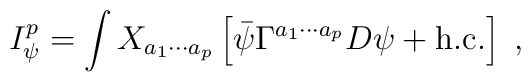
I_{\psi }^{p}=\int X_{a_{1}\cdots a_{p}}\left[ \bar{\psi}\Gamma^{a_{1}\cdots a_{p}}D\psi +\mbox{h.c.}\right] \;,